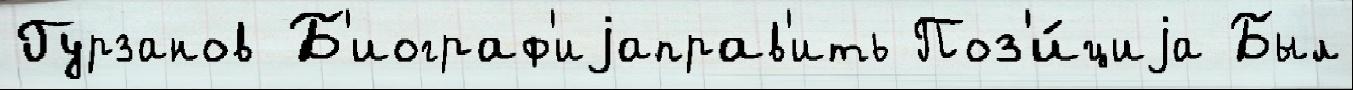
Гурзанов Б'иограф'иjаправ'ить Поз'и́циjа Был